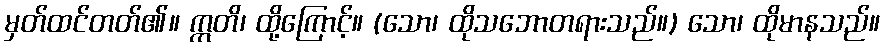
မှတ်ထင်တတ်၏။ ဣတိ၊ ထို့ကြောင့်။ (သော၊ ထိုသဘောတရားသည်။) သော၊ ထိုမာနသည်။